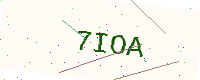
Text: 7IOA